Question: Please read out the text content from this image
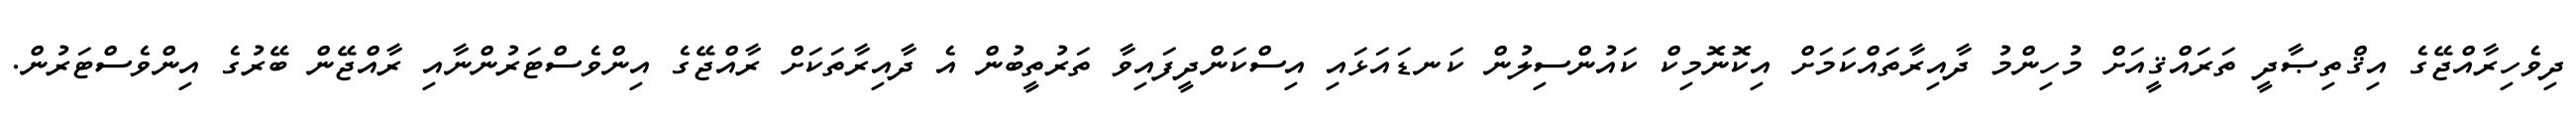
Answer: ދިވެހިރާއްޖޭގެ އިޤްތިޞާދީ ތަރައްޤީއަށް މުހިންމު ދާއިރާތައްކަމަށް އިކޮނޮމިކް ކައުންސިލުން ކަނޑައަޅައި އިސްކަންދީފައިވާ ތަރުތީބުން އެ ދާއިރާތަކަށް ރާއްޖޭގެ އިންވެސްޓަރުންނާއި ރާއްޖޭން ބޭރުގެ އިންވެސްޓަރުން.